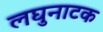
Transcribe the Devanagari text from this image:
लघुनाटक